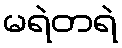
မရဲတရဲ